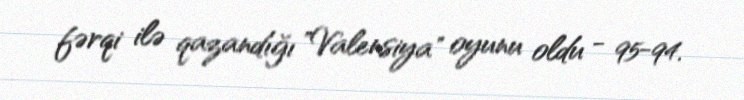
fərqi ilə qazandığı "Valensiya" oyunu oldu - 95-94.